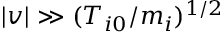
| \boldsymbol { v } | \gg ( T _ { i 0 } / m _ { i } ) ^ { 1 / 2 }